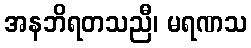
အနဘိရတသညီ၊ မရဏသ